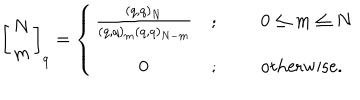
\; \; \; \left[ \begin{array} { c } { { N } } \\ { { m } } \\ \end{array} \right] _ { q } = \left\{ \begin{array} { c l l } { { \frac { ( q , q ) _ { N } } { ( q , q ) _ { m } ( q , q ) _ { N - m } } } } & { { ; } } & { { \; \; 0 \leq m \leq N } } \\ { { 0 } } & { { ; } } & { { \; \; \mathrm { o t h e r w i s e . } } } \\ \end{array} \right.